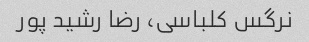
نرگس کلباسی، رضا رشید پور